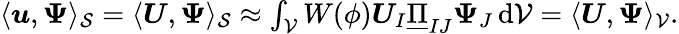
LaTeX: \begin{array}{r}{\langle\boldsymbol{u},\boldsymbol{\Psi}\rangle_{\mathcal{S}}=\langle\boldsymbol{U},\boldsymbol{\Psi}\rangle_{\mathcal{S}}\approx\int_{\mathcal{V}}W(\phi)\boldsymbol{U}_{I}\underline{{\operatorname{\Pi}}}_{IJ}\boldsymbol{\Psi}_{J}\, \mathrm{d}\mathcal{V}=\langle\boldsymbol{U},\boldsymbol{\Psi}\rangle_{\mathcal{V}}.}\end{array}